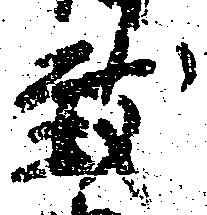
致